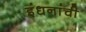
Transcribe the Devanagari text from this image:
इंधनांची